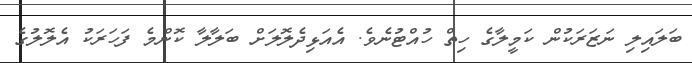
ބަލައިލި ނަޒަރަކުން ކަމީލާގެ ހިތް ހުއްޓުނެވެ. އެއަޅިދެލޮލަށް ބަލާލާ ކޮންމެ ފަހަރަކު އެލޮލުގެ